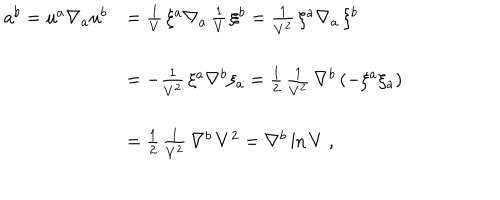
\begin{array} { l l } { { a ^ { b } = u ^ { a } \nabla _ { a } u ^ { b } } } & { { = { \frac { 1 } { V } } \, \xi ^ { a } \nabla _ { a } \, { \frac { 1 } { V } } \, \xi ^ { b } = { \frac { 1 } { V ^ { 2 } } } \, \xi ^ { a } \nabla _ { a } \, \xi ^ { b } } } \\ { { } } & { { = - { \frac { 1 } { V ^ { 2 } } } \, \xi ^ { a } \nabla ^ { b } \xi _ { a } = { \frac { 1 } { 2 } } \, { \frac { 1 } { V ^ { 2 } } } \, \nabla ^ { b } \left( - \xi ^ { a } \xi _ { a } \right) } } \\ { { } } & { { = { \frac { 1 } { 2 } } \, { \frac { 1 } { V ^ { 2 } } } \, \nabla ^ { b } \, V ^ { 2 } = \nabla ^ { b } \ln V \; , } } \\ \end{array}